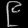
Digit: ၉